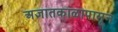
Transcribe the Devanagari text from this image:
अज्ञातकाळापासून